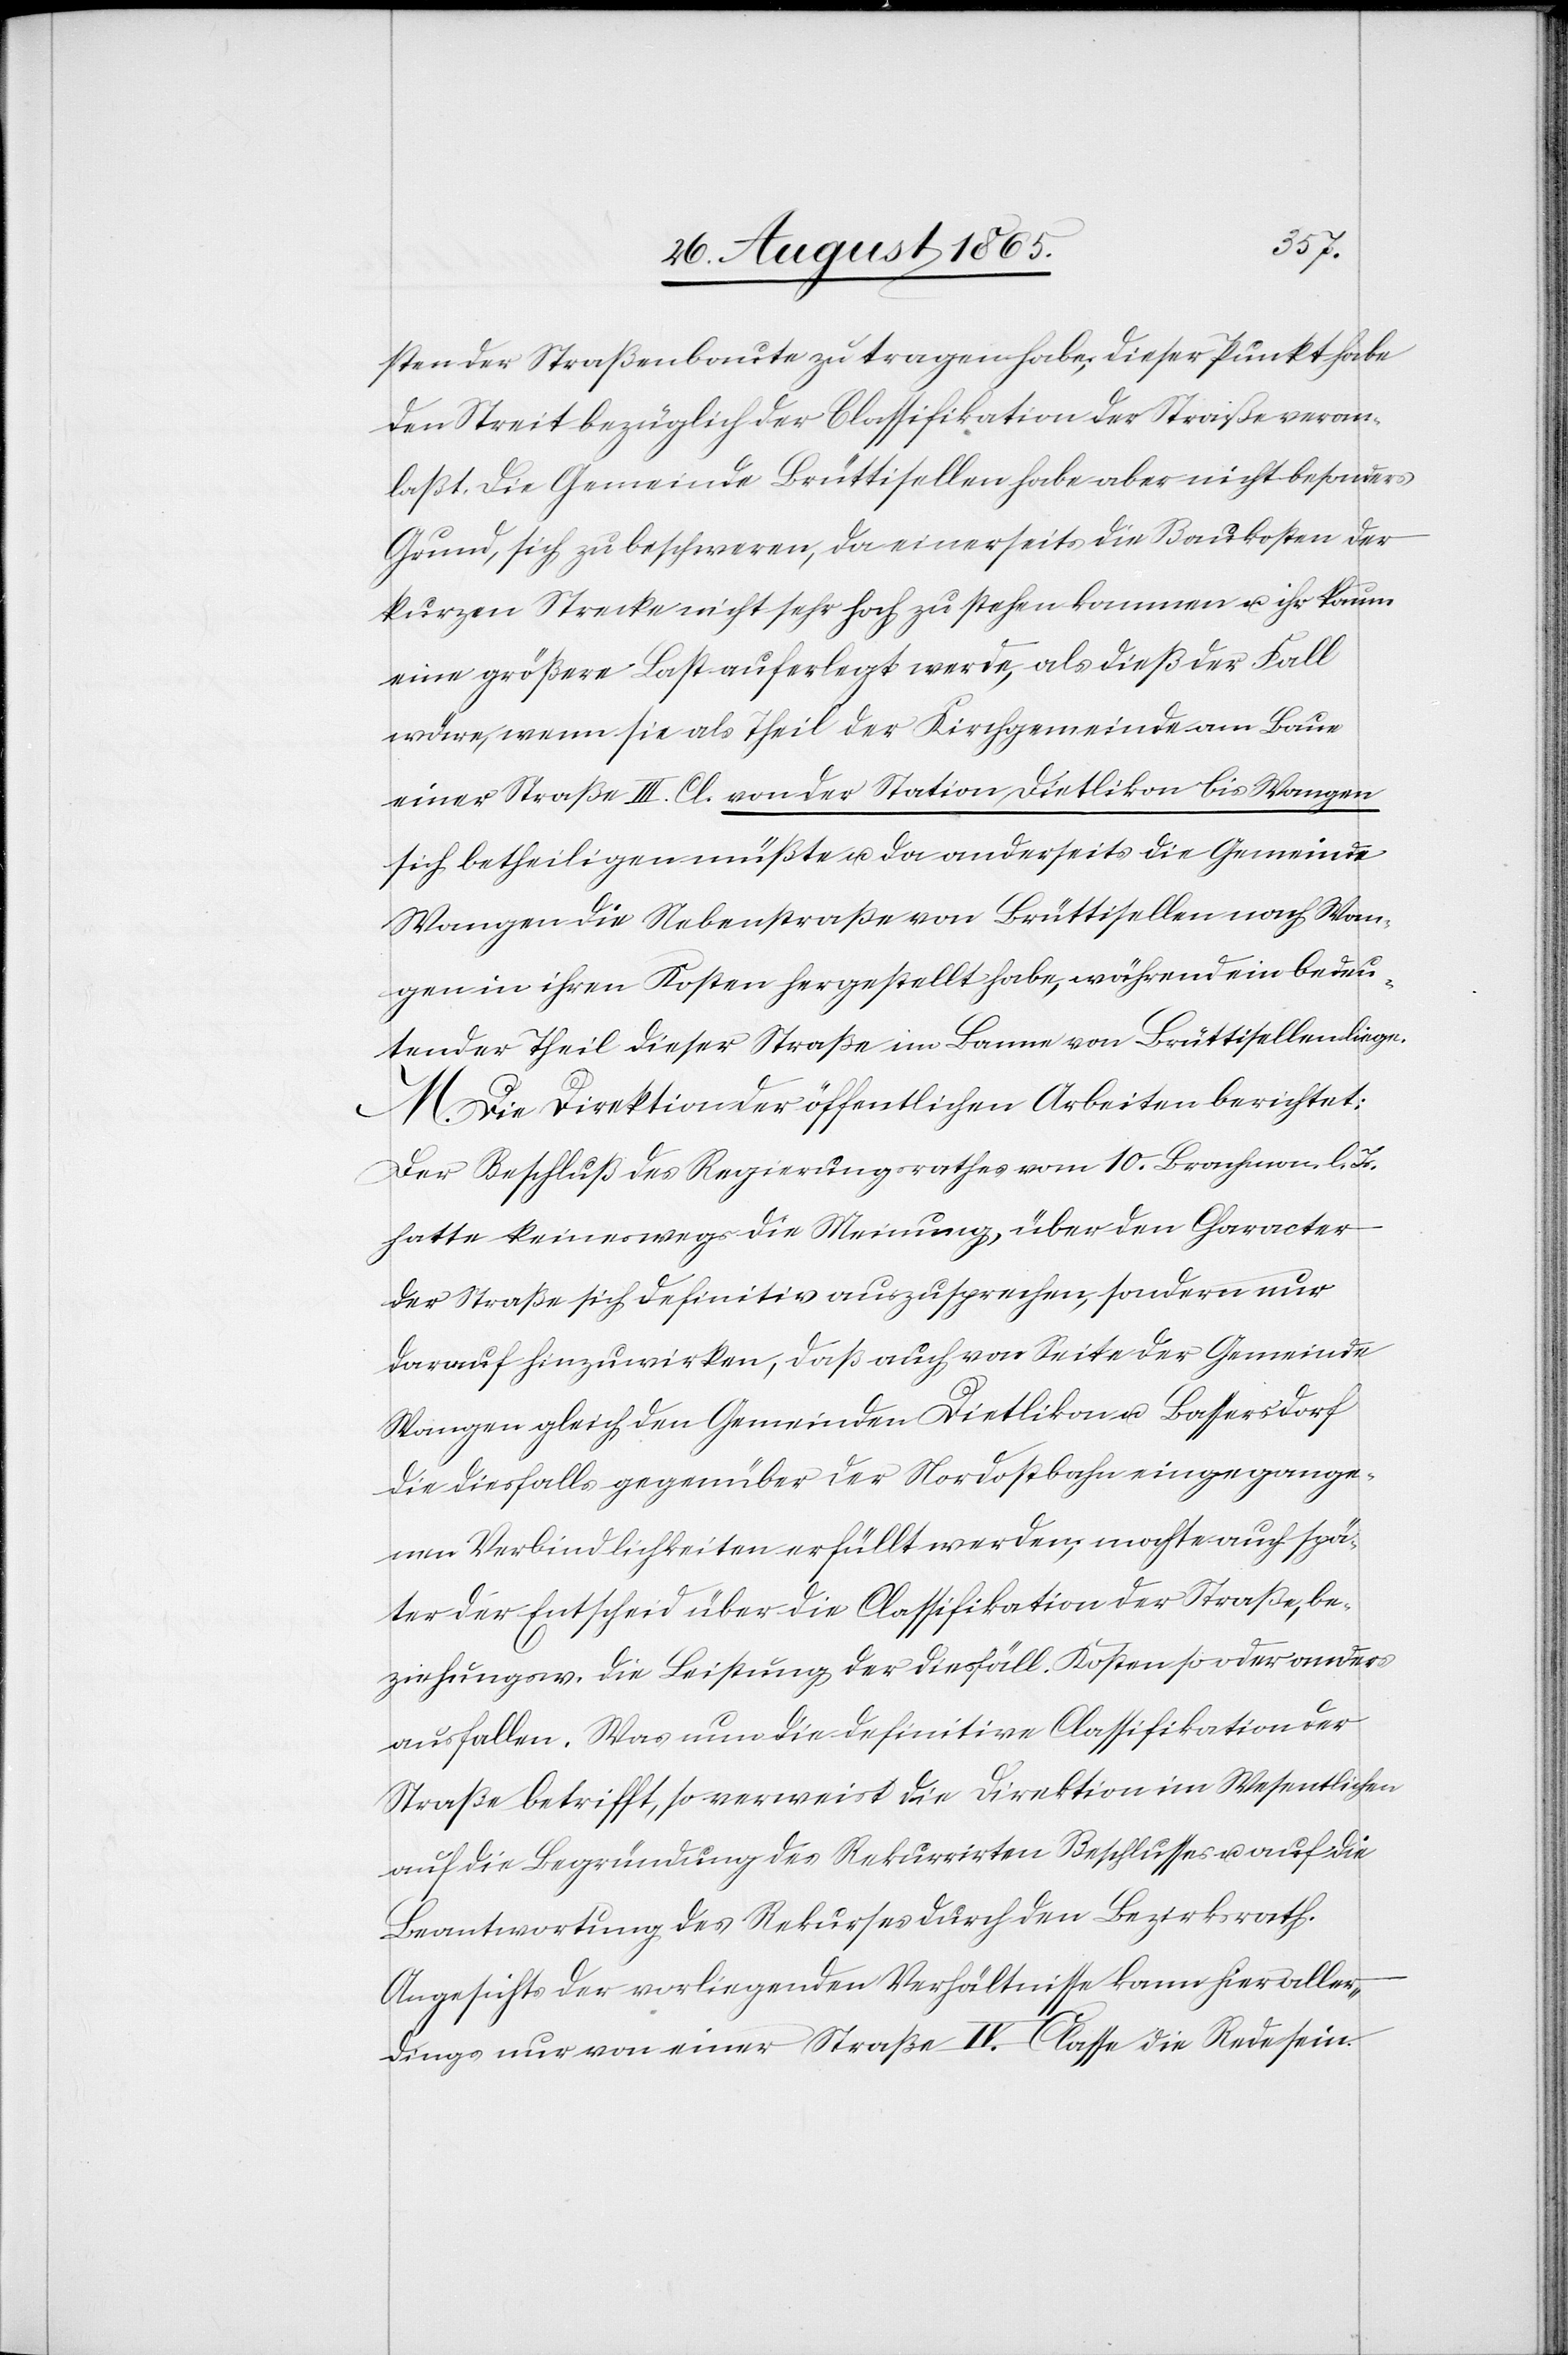
sten der Straßenbaute zu tragen habe; dieser Punkt habe
den Streit bezüglich der Classifikation der Straße veran¬
laßt. Die Gemeinde Brüttisellen habe aber nicht besonders
Grund, sich zu beschweren, da einerseits die Baukosten der
kurzen Strecke nicht sehr hoch zu stehen kommen u. ihr kaum
eine größere Last auferlegt werde, als dieß der Fall
wäre, wenn sie als Theil der Kirchgemeinde am Baue
einer Straße III. Cl. von der Station Dietlikon bis Wangen
sich betheiligen müßte u. da anderseits die Gemeinde
Wangen die Nebenstraße von Brüttisellen nach Wan¬
gen in ihren Kosten hergestellt habe, während ein bedeu¬
tender Theil dieser Straße im Banne von Brüttisellen liege.
M. Die Direktion der öffentlichen Arbeiten berichtet:
Der Beschluß des Regierungsrathes vom 10. Brachm. l. Js.
hatte keineswegs die Meinung, über den Character
der Straße sich definitiv auszusprechen, sondern nur
darauf hinzuwirken, daß auch von Seite der Gemeinde
Wangen gleich den Gemeinden Dietlikon u. Bassersdorf
die diesfalls gegenüber der Nordostbahn eingegange¬
nen Verbindlichkeiten erfüllt werden; mochte auch spä¬
ter der Entscheid über die Classifikation der Straße, be¬
ziehungsw. die Leistung der diesfäll. Kosten so oder anders
ausfallen. Was nun die definitive Classifikation der
Straße betrifft, so verweist die Direktion im Wesentlichen
auf die Begründung des Rekurrirten Beschlusses u. auf die
Beantwortung des Rekurses durch den Bezirksrath.
Angesichts der vorliegenden Verhältnisse kann hier aller¬
dings nur von einer Straße IV. Classe die Rede sein.